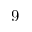
9